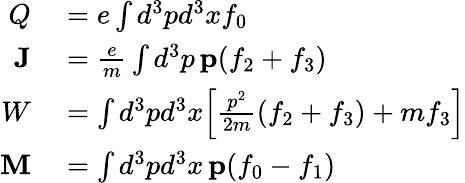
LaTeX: \begin{array}{rl}{Q}&{{}=e\int d^{3}pd^{3}xf_{0}}\\ {\mathbf{J}}&{{}=\frac{e}{m}\int d^{3}p\, \mathbf{p}(f_{2}+f_{3})}\\ {W}&{{}=\int d^{3}pd^{3}x\Big[\frac{p^{2}}{2m}(f_{2}+f_{3})+mf_{3}\Big]}\\ {\mathbf{M}}&{{}=\int d^{3}pd^{3}x\, \mathbf{p}(f_{0}-f_{1})}\end{array}